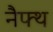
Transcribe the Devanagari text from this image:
नैफ्थ